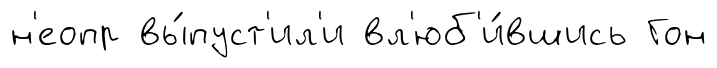
н'еопр вы́пуст'ил'и вл'юб'и́вшись Гон